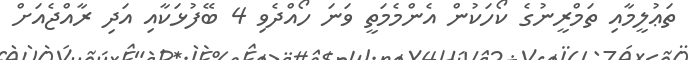
ތަޢުލީމާއި ތަމްރީނުގެ ކޯހަކުން އެންމެމަތީ ވަނަ ހޯއްދެވި 4 ބޭފުޅަކާއި އަދި ރާއްޖެއަށް